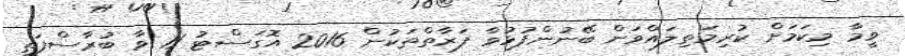
ވީމާ މިކަމަށް ކުރިމަތިލައްވަން ބޭނުންފުޅުވާ ފަރާތްތަކުން 2016 އޮގަސްޓު 11 ވާ ބުރާސްފަތި